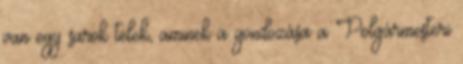
van egy sarok telek, aminek a gondozása a Polgármesteri